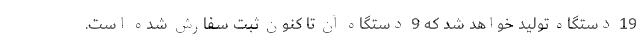
19 دستگاه تولید خواهد شد که 9 دستگاه آن تا کنون ثبت سفارش شده است.